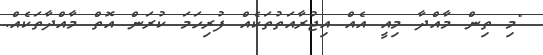
"މި ތިން މާއްދާ މިއީ އެއް އިޖުރާއަތުތަކެއް ފުރިހަމަ ކުރަން އޮތް މާއްދާތަކެއް.